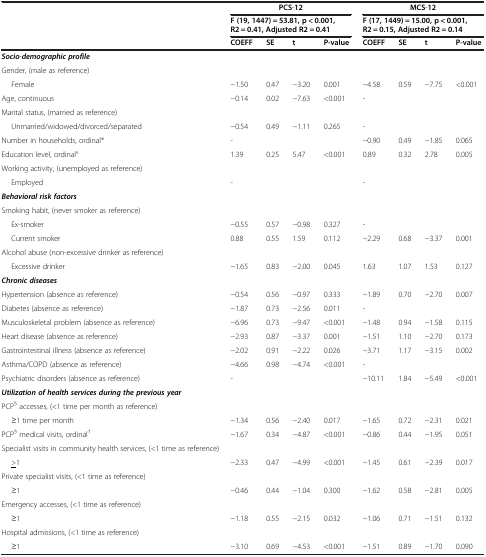
<table><thead><tr><td><b> </b></td><td colspan="4"><b>PCS-12</b></td><td colspan="4"><b>MCS-12</b></td></tr><tr><td><b> </b></td><td colspan="4"><b>F (19, 1447) = 53.81, p &lt; 0.001, R2 = 0.41, Adjusted R2 = 0.41</b></td><td colspan="4"><b>F (17, 1449) = 15.00, p &lt; 0.001, R2 = 0.15, Adjusted R2 = 0.14</b></td></tr><tr><td><b> </b></td><td><b>COEFF</b></td><td><b>SE</b></td><td><b>t</b></td><td><b>P-value</b></td><td><b>COEFF</b></td><td><b>SE</b></td><td><b>t</b></td><td><b>P-value</b></td></tr></thead><tbody><tr><td><b><i>Socio</i></b>-<b><i>demographic profile</i></b></td><td> </td><td> </td><td> </td><td> </td><td> </td><td> </td><td> </td><td> </td></tr><tr><td>Gender, (male as reference)</td><td> </td><td> </td><td> </td><td> </td><td> </td><td> </td><td> </td><td> </td></tr><tr><td>Female</td><td>−1.50</td><td>0.47</td><td>−3.20</td><td>0.001</td><td>−4.58</td><td>0.59</td><td>−7.75</td><td>&lt;0.001</td></tr><tr><td>Age, continuous</td><td>−0.14</td><td>0.02</td><td>−7.63</td><td>&lt;0.001</td><td>-</td><td> </td><td> </td><td> </td></tr><tr><td>Marital status, (married as reference)</td><td> </td><td> </td><td> </td><td> </td><td> </td><td> </td><td> </td><td> </td></tr><tr><td>Unmarried/widowed/divorced/separated</td><td>−0.54</td><td>0.49</td><td>−1.11</td><td>0.265</td><td>-</td><td> </td><td> </td><td> </td></tr><tr><td>Number in households, ordinal*</td><td>-</td><td> </td><td> </td><td> </td><td>−0.90</td><td>0.49</td><td>−1.85</td><td>0.065</td></tr><tr><td>Education level, ordinal°</td><td>1.39</td><td>0.25</td><td>5.47</td><td>&lt;0.001</td><td>0.89</td><td>0.32</td><td>2.78</td><td>0.005</td></tr><tr><td>Working activity, (unemployed as reference)</td><td> </td><td> </td><td> </td><td> </td><td> </td><td> </td><td> </td><td> </td></tr><tr><td>Employed</td><td>-</td><td> </td><td> </td><td> </td><td>-</td><td> </td><td> </td><td> </td></tr><tr><td><b><i>Behavioral risk factors</i></b></td><td> </td><td> </td><td> </td><td> </td><td> </td><td> </td><td> </td><td> </td></tr><tr><td>Smoking habit, (never smoker as reference)</td><td> </td><td> </td><td> </td><td> </td><td> </td><td> </td><td> </td><td> </td></tr><tr><td>Ex-smoker</td><td>−0.55</td><td>0.57</td><td>−0.98</td><td>0.327</td><td>-</td><td> </td><td> </td><td> </td></tr><tr><td>Current smoker</td><td>0.88</td><td>0.55</td><td>1.59</td><td>0.112</td><td>−2.29</td><td>0.68</td><td>−3.37</td><td>0.001</td></tr><tr><td>Alcohol abuse (non-excessive drinker as reference)</td><td> </td><td> </td><td> </td><td> </td><td> </td><td> </td><td> </td><td> </td></tr><tr><td>Excessive drinker</td><td>−1.65</td><td>0.83</td><td>−2.00</td><td>0.045</td><td>1.63</td><td>1.07</td><td>1.53</td><td>0.127</td></tr><tr><td><b><i>Chronic diseases</i></b></td><td> </td><td> </td><td> </td><td> </td><td> </td><td> </td><td> </td><td> </td></tr><tr><td>Hypertension (absence as reference)</td><td>−0.54</td><td>0.56</td><td>−0.97</td><td>0.333</td><td>−1.89</td><td>0.70</td><td>−2.70</td><td>0.007</td></tr><tr><td>Diabetes (absence as reference)</td><td>−1.87</td><td>0.73</td><td>−2.56</td><td>0.011</td><td>-</td><td> </td><td> </td><td> </td></tr><tr><td>Musculoskeletal problem (absence as reference)</td><td>−6.96</td><td>0.73</td><td>−9.47</td><td>&lt;0.001</td><td>−1.48</td><td>0.94</td><td>−1.58</td><td>0.115</td></tr><tr><td>Heart disease (absence as reference)</td><td>−2.93</td><td>0.87</td><td>−3.37</td><td>0.001</td><td>−1.51</td><td>1.10</td><td>−2.70</td><td>0.173</td></tr><tr><td>Gastrointestinal illness (absence as reference)</td><td>−2.02</td><td>0.91</td><td>−2.22</td><td>0.026</td><td>−3.71</td><td>1.17</td><td>−3.15</td><td>0.002</td></tr><tr><td>Asthma/COPD (absence as reference)</td><td>−4.66</td><td>0.98</td><td>−4.74</td><td>&lt;0.001</td><td>-</td><td> </td><td> </td><td> </td></tr><tr><td>Psychiatric disorders (absence as reference)</td><td>-</td><td> </td><td> </td><td> </td><td>−10.11</td><td>1.84</td><td>−5.49</td><td>&lt;0.001</td></tr><tr><td><b><i>Utilization of health services during the previous year</i></b></td><td> </td><td> </td><td> </td><td> </td><td> </td><td> </td><td> </td><td> </td></tr><tr><td>PCP<sup>§</sup> accesses, (&lt;1 time per month as reference)</td><td> </td><td> </td><td> </td><td> </td><td> </td><td> </td><td> </td><td> </td></tr><tr><td>≥1 time per month</td><td>−1.34</td><td>0.56</td><td>−2.40</td><td>0.017</td><td>−1.65</td><td>0.72</td><td>−2.31</td><td>0.021</td></tr><tr><td>PCP<sup>§</sup> medical visits, ordinal<sup>†</sup></td><td>−1.67</td><td>0.34</td><td>−4.87</td><td>&lt;0.001</td><td>−0.86</td><td>0.44</td><td>−1.95</td><td>0.051</td></tr><tr><td>Specialist visits in community health services, (&lt;1 time as reference)</td><td> </td><td> </td><td> </td><td> </td><td> </td><td> </td><td> </td><td> </td></tr><tr><td><underline>&gt;</underline>1</td><td>−2.33</td><td>0.47</td><td>−4.99</td><td>&lt;0.001</td><td>−1.45</td><td>0.61</td><td>−2.39</td><td>0.017</td></tr><tr><td>Private specialist visits, (&lt;1 time as reference)</td><td> </td><td> </td><td> </td><td> </td><td> </td><td> </td><td> </td><td> </td></tr><tr><td>≥1</td><td>−0.46</td><td>0.44</td><td>−1.04</td><td>0.300</td><td>−1.62</td><td>0.58</td><td>−2.81</td><td>0.005</td></tr><tr><td>Emergency accesses, (&lt;1 time as reference)</td><td> </td><td> </td><td> </td><td> </td><td> </td><td> </td><td> </td><td> </td></tr><tr><td>≥1</td><td>−1.18</td><td>0.55</td><td>−2.15</td><td>0.032</td><td>−1.06</td><td>0.71</td><td>−1.51</td><td>0.132</td></tr><tr><td>Hospital admissions, (&lt;1 time as reference)</td><td> </td><td> </td><td> </td><td> </td><td> </td><td> </td><td> </td><td> </td></tr><tr><td>≥1</td><td>−3.10</td><td>0.69</td><td>−4.53</td><td>&lt;0.001</td><td>−1.51</td><td>0.89</td><td>−1.70</td><td>0.090</td></tr></tbody></table>